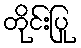
တိုင်းပြု